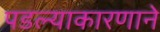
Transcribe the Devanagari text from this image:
पडल्याकारणाने